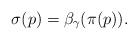
LaTeX: \begin{align*}\sigma(p)=\beta_\gamma(\pi(p)).\end{align*}